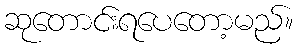
ဆုတောင်းရပေတော့မည်။